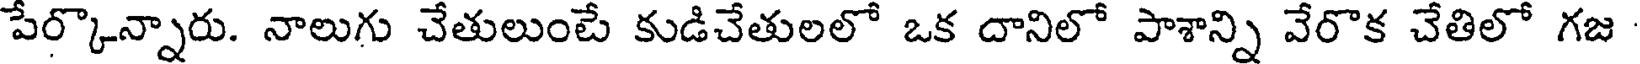
పేర్కొన్నారు. నాలుగు చేతులుంటే కుడిచేతులలో ఒక దానిలో పాశాన్ని వేరొక చేతిలో గజ